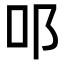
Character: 𨙫